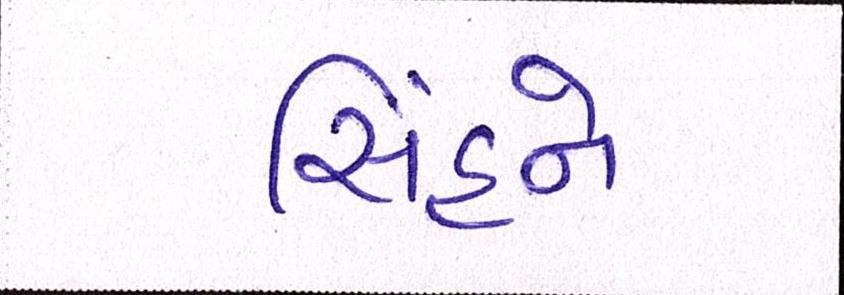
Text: સિંહને